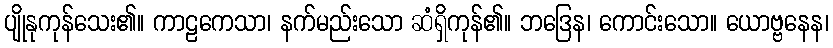
ပျိုနုကုန်သေး၏။ ကာဠကေသာ၊ နက်မည်းသော ဆံရှိကုန်၏။ ဘဒြေန၊ ကောင်းသော။ ယောဗ္ဗနေန၊